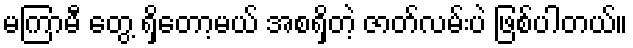
မကြာမီ တွေ့ ရှိတော့မယ် အစရှိတဲ့ ဇာတ်လမ်းပဲ ဖြစ်ပါတယ်။